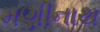
મણીનાથ